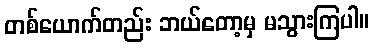
တစ်ယောက်တည်း ဘယ်တော့မှ မသွားကြပါ။